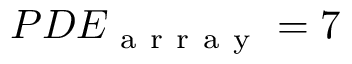
P D E _ { \mathrm { ~ a ~ r ~ r ~ a ~ y ~ } } = 7 \